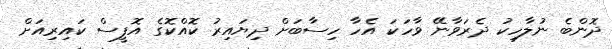
ދޮންބެ ނުލާހިކު ދެރަވާނޭ ވާހަކަ އެހާ ހިސާބަށް ދިޔައިރު ކޮއްކޮގެ އޮފީސް ކައިރިއަށް